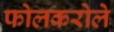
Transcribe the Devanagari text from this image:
फोलकरोले